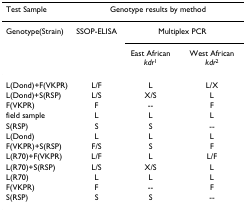
| Test Sample | <COLSPAN=3> Genotype results by method |
 | --- | --- | --- | --- |
 | Genotype(Strain) | SSOP-ELISA | <COLSPAN=2> Multiplex PCR |
 |  |  | East African kdr1 | West African kdr2 |
 | L(Dond)+F(VKPR) | L/F | L | L/X |
 | L(Dond)+S(RSP) | L/S | X/S | L |
 | F(VKPR) | F | -- | F |
 | field sample | L | L | L |
 | S(RSP) | S | S | -- |
 | L(Dond) | L | L | L |
 | F(VKPR)+S(RSP) | F/S | S | F |
 | L(R70)+F(VKPR) | L/F | L | L/F |
 | L(R70)+S(RSP) | L/S | X/S | L |
 | L(R70) | L | L | L |
 | F(VKPR) | F | -- | F |
 | S(RSP) | S | S | -- |